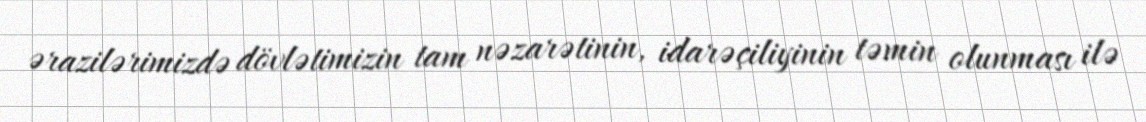
ərazilərimizdə dövlətimizin tam nəzarətinin, idarəçiliyinin təmin olunması ilə